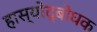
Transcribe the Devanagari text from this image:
हास्योद्बोधक